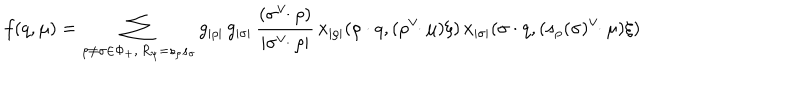
f ( q , \mu ) = \sum _ { \rho \neq \sigma \in \Phi _ { + } , \, R _ { \psi } = s _ { \rho } s _ { \sigma } } g _ { | \rho | } \, g _ { | \sigma | } \, { \frac { ( \sigma ^ { \vee } \! \! \cdot \rho ) } { | \sigma ^ { \vee } \! \! \cdot \rho | } } \, x _ { | \rho | } ( \rho \cdot q , ( \rho ^ { \vee } \! \! \cdot \mu ) \xi ) \, x _ { | \sigma | } ( \sigma \cdot q , ( s _ { \rho } ( \sigma ) ^ { \vee } \! \! \cdot \mu ) \xi )